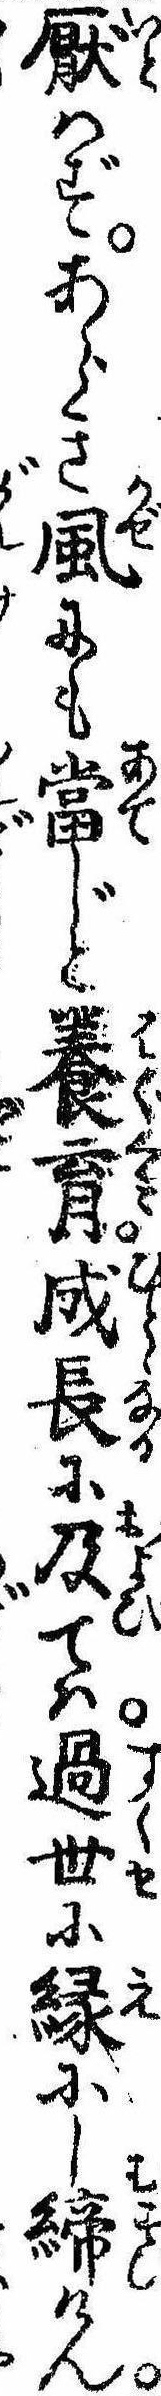
厭はずあらき風にも当じと養育成長に及ては過世に縁にし締けん